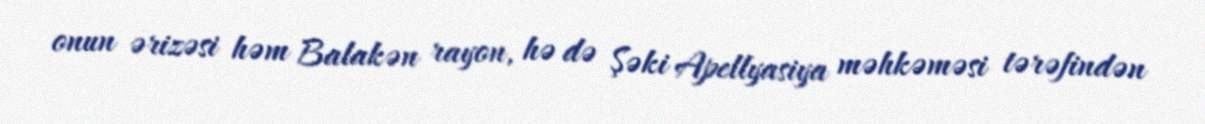
onun ərizəsi həm Balakən rayon, hə də Şəki Apellyasiya məhkəməsi tərəfindən